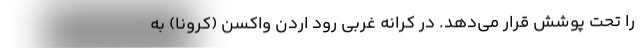
را تحت پوشش قرار می‌دهد. در کرانه غربی رود اردن واکسن (کرونا) به